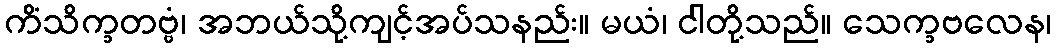
ကိံသိက္ခတဗ္ဗံ၊ အဘယ်သို့ကျင့်အပ်သနည်း။ မယံ၊ ငါတို့သည်။ သေက္ခဗလေန၊